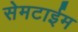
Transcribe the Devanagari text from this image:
सेमटाईम